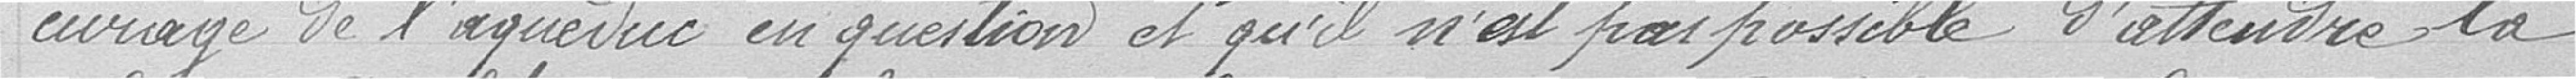
curage de l'aqueduc en question et qu'il n'est pas possible d'attendre la